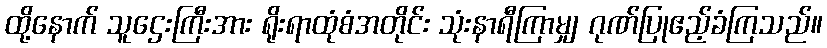
ထို့နောက် သူဌေးကြီးအား ရိုးရာထုံစံအတိုင်း သုံးနာရီကြာမျှ ဂုဏ်ပြုဧည့်ခံကြသည်။